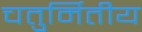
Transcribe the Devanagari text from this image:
चतुर्मितीय